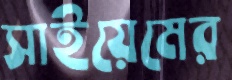
সাইয়েমের